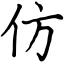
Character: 仿